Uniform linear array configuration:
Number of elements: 24
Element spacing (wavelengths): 0.5
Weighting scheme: hann
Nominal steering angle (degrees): -15
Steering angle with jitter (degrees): -13.685
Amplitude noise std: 0.05
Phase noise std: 0.05

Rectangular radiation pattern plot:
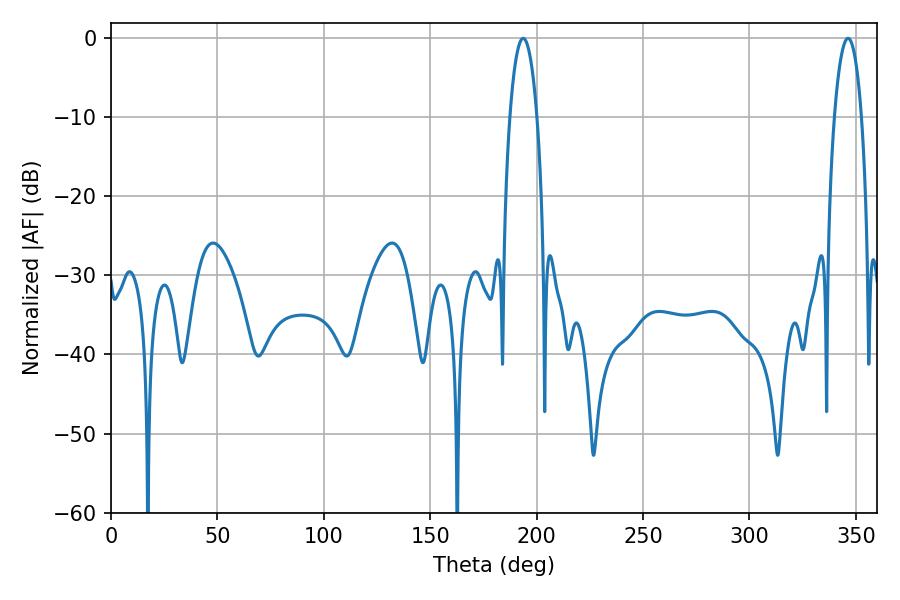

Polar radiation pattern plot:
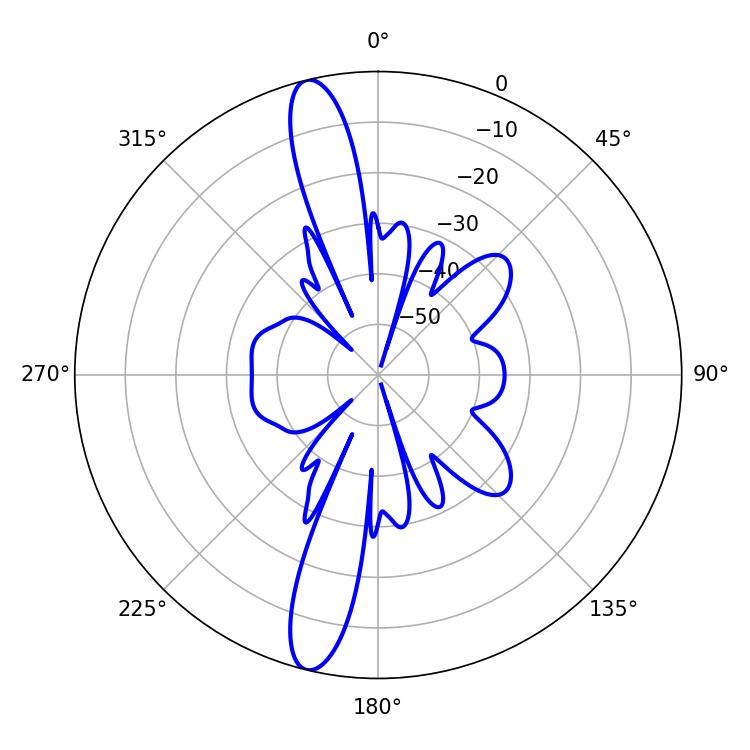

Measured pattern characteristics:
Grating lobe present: FALSE
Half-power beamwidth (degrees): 7.2
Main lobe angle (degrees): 193.68